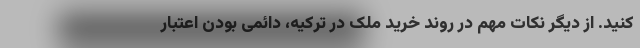
کنید. از دیگر نکات مهم در روند خرید ملک در ترکیه، دائمی بودن اعتبار